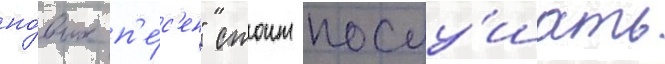
но́вых п'е́с'ен" стоит послу́шать